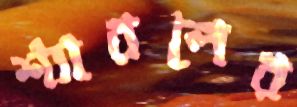
শ্যারলের